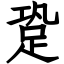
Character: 跫